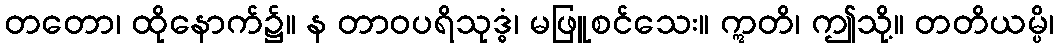
တတော၊ ထိုနောက်၌။ န တာဝပရိသုဒ္ဓံ၊ မဖြူစင်သေး။ ဣတိ၊ ဤသို့။ တတိယမ္ပိ၊